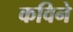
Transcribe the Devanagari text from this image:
कविने